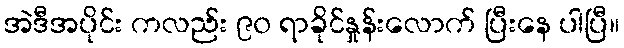
အဲဒီအပိုင်း ကလည်း ၉၀ ရာခိုင်နှုန်းလောက် ပြီးနေ ပါပြီ။